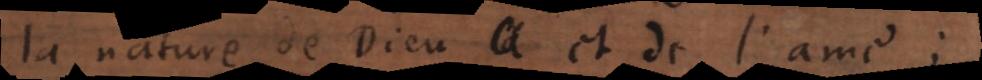
la nature de Dieu et de l’ame;